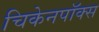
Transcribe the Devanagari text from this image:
चिकेनपॉक्स